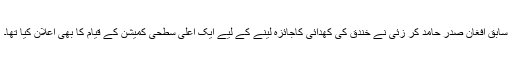
سابق افغان صدر حامد کر زئی نے خندق کی کھدائی کاجائزہ لینے کے لیے ایک اعلیٰ سطحی کمیشن کے قیام کا بھی اعلان کیا تھا۔